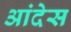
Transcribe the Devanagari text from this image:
आंदेस